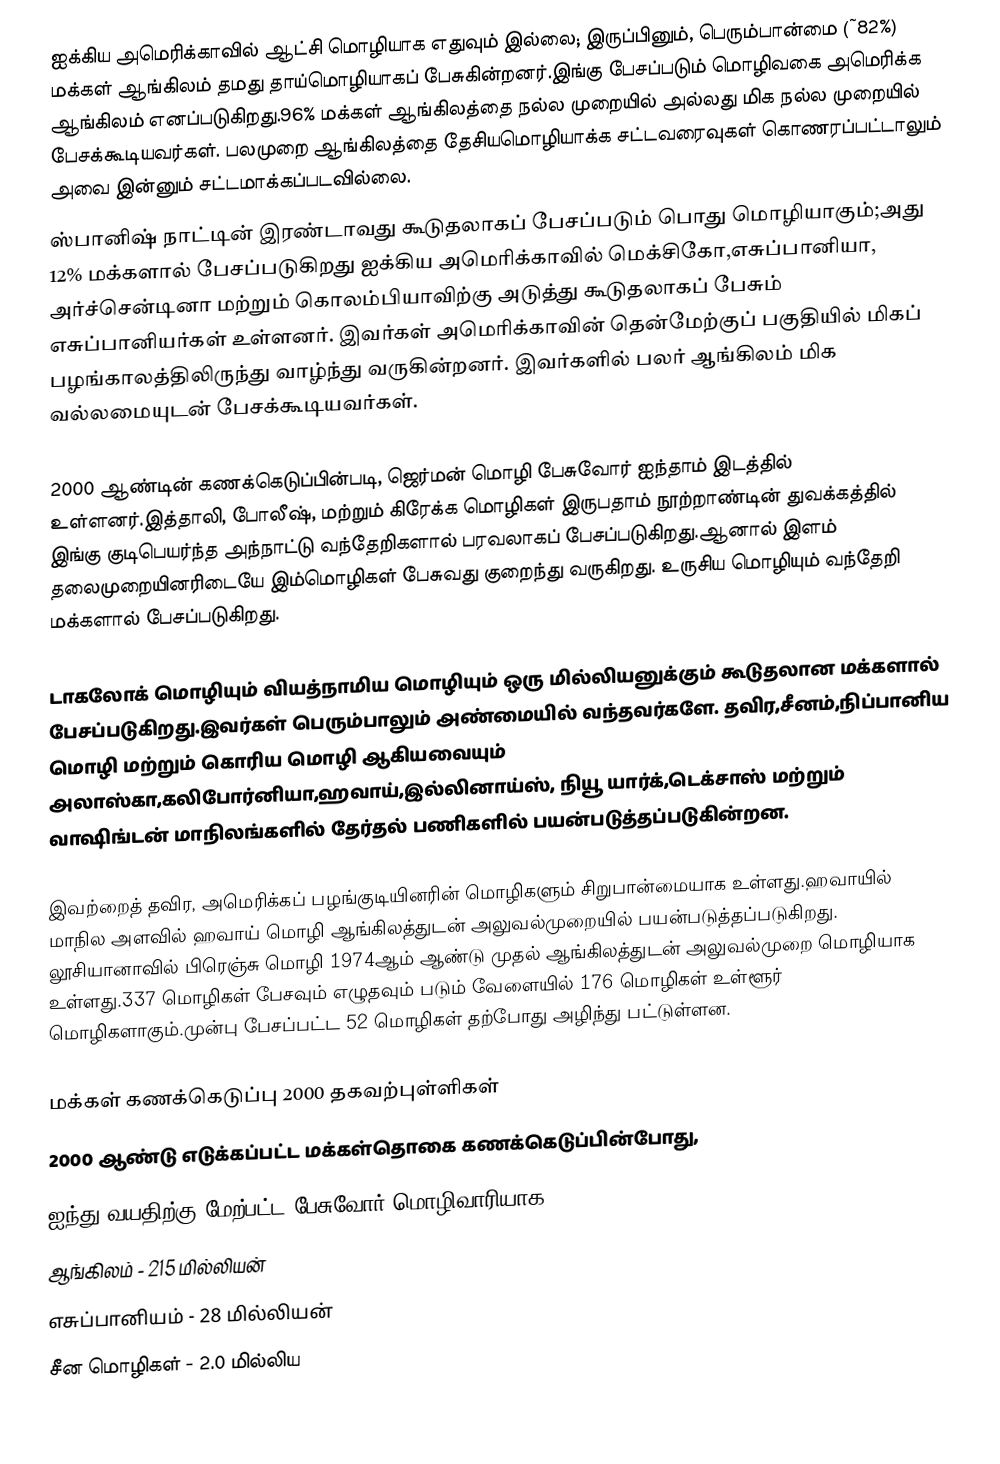
ஐக்கிய அமெரிக்காவில் ஆட்சி மொழியாக எதுவும் இல்லை; இருப்பினும், பெரும்பான்மை (~82%) மக்கள் ஆங்கிலம் தமது தாய்மொழியாகப் பேசுகின்றனர்.இங்கு பேசப்படும் மொழிவகை அமெரிக்க ஆங்கிலம் எனப்படுகிறது.96% மக்கள் ஆங்கிலத்தை நல்ல முறையில் அல்லது மிக நல்ல முறையில் பேசக்கூடியவர்கள்.  பலமுறை ஆங்கிலத்தை தேசியமொழியாக்க சட்டவரைவுகள் கொணரப்பட்டாலும் அவை இன்னும் சட்டமாக்கப்படவில்லை.
ஸ்பானிஷ் நாட்டின் இரண்டாவது கூடுதலாகப் பேசப்படும் பொது மொழியாகும்;அது 12% மக்களால் பேசப்படுகிறது ஐக்கிய அமெரிக்காவில் மெக்சிகோ,எசுப்பானியா, அர்ச்சென்டினா மற்றும் கொலம்பியாவிற்கு அடுத்து கூடுதலாகப் பேசும் எசுப்பானியர்கள் உள்ளனர். இவர்கள் அமெரிக்காவின் தென்மேற்குப் பகுதியில் மிகப் பழங்காலத்திலிருந்து வாழ்ந்து வருகின்றனர். இவர்களில் பலர் ஆங்கிலம் மிக வல்லமையுடன் பேசக்கூடியவர்கள்.

2000 ஆண்டின் கணக்கெடுப்பின்படி, ஜெர்மன் மொழி பேசுவோர் ஐந்தாம் இடத்தில் உள்ளனர்.இத்தாலி, போலீஷ், மற்றும் கிரேக்க மொழிகள் இருபதாம் நூற்றாண்டின் துவக்கத்தில் இங்கு குடிபெயர்ந்த அந்நாட்டு வந்தேறிகளால் பரவலாகப் பேசப்படுகிறது.ஆனால் இளம் தலைமுறையினரிடையே இம்மொழிகள் பேசுவது குறைந்து வருகிறது. உருசிய மொழியும் வந்தேறி மக்களால் பேசப்படுகிறது.

டாகலோக் மொழியும் வியத்நாமிய மொழியும் ஒரு மில்லியனுக்கும் கூடுதலான மக்களால் பேசப்படுகிறது.இவர்கள் பெரும்பாலும் அண்மையில் வந்தவர்களே. தவிர,சீனம்,நிப்பானிய மொழி மற்றும் கொரிய மொழி ஆகியவையும் அலாஸ்கா,கலிபோர்னியா,ஹவாய்,இல்லினாய்ஸ், நியூ யார்க்,டெக்சாஸ் மற்றும் வாஷிங்டன் மாநிலங்களில் தேர்தல் பணிகளில் பயன்படுத்தப்படுகின்றன.

இவற்றைத் தவிர, அமெரிக்கப் பழங்குடியினரின் மொழிகளும் சிறுபான்மையாக உள்ளது.ஹவாயில் மாநில அளவில் ஹவாய் மொழி ஆங்கிலத்துடன் அலுவல்முறையில் பயன்படுத்தப்படுகிறது. லூசியானாவில் பிரெஞ்சு மொழி 1974ஆம் ஆண்டு முதல் ஆங்கிலத்துடன் அலுவல்முறை மொழியாக உள்ளது.337 மொழிகள் பேசவும் எழுதவும் படும் வேளையில் 176 மொழிகள் உள்ளூர் மொழிகளாகும்.முன்பு பேசப்பட்ட 52 மொழிகள் தற்போது அழிந்து பட்டுள்ளன.

மக்கள் கணக்கெடுப்பு  2000 தகவற்புள்ளிகள்
2000 ஆண்டு எடுக்கப்பட்ட மக்கள்தொகை கணக்கெடுப்பின்போது,
 ஐந்து வயதிற்கு மேற்பட்ட பேசுவோர் மொழிவாரியாக:
 ஆங்கிலம் - 215 மில்லியன்
 எசுப்பானியம் - 28 மில்லியன்
 சீன மொழிகள் - 2.0 மில்லிய